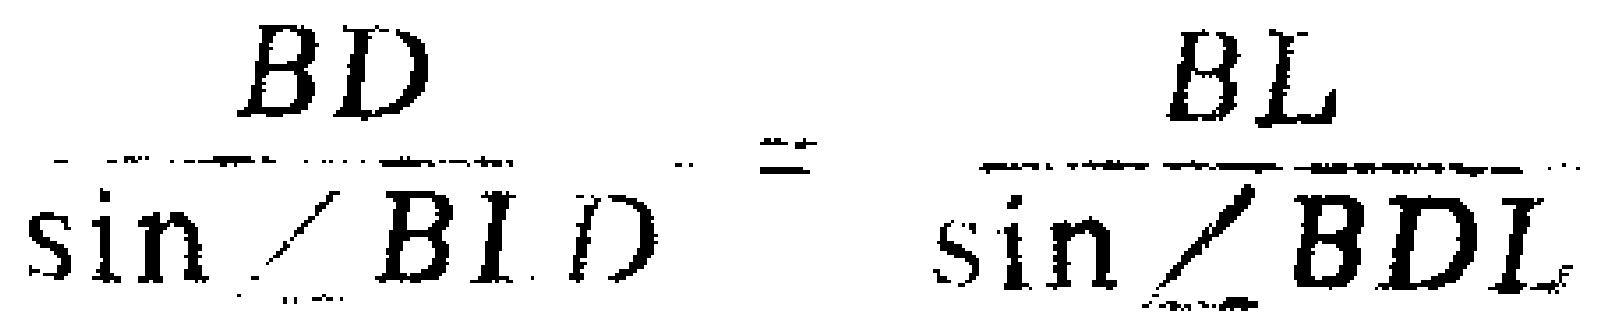
\(\frac{BD}{\sin\angle BID}=\frac{BL}{\sin\angle BDL}\)